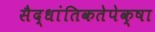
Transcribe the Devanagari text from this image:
सैद्धांतिकतेपेक्षा